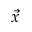
\vec { x }